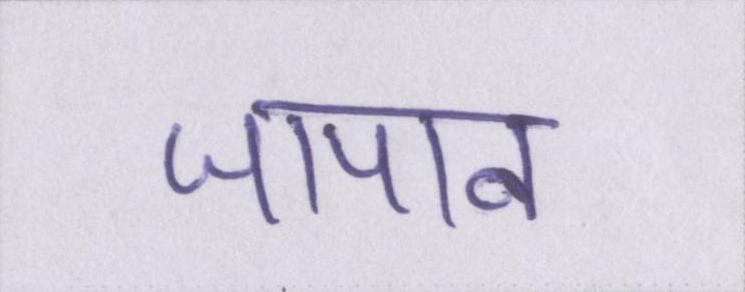
जापान